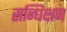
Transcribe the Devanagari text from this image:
सन्धिक्षण